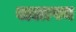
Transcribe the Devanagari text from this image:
बालापन